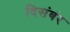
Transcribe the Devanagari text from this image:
दिसंबंर